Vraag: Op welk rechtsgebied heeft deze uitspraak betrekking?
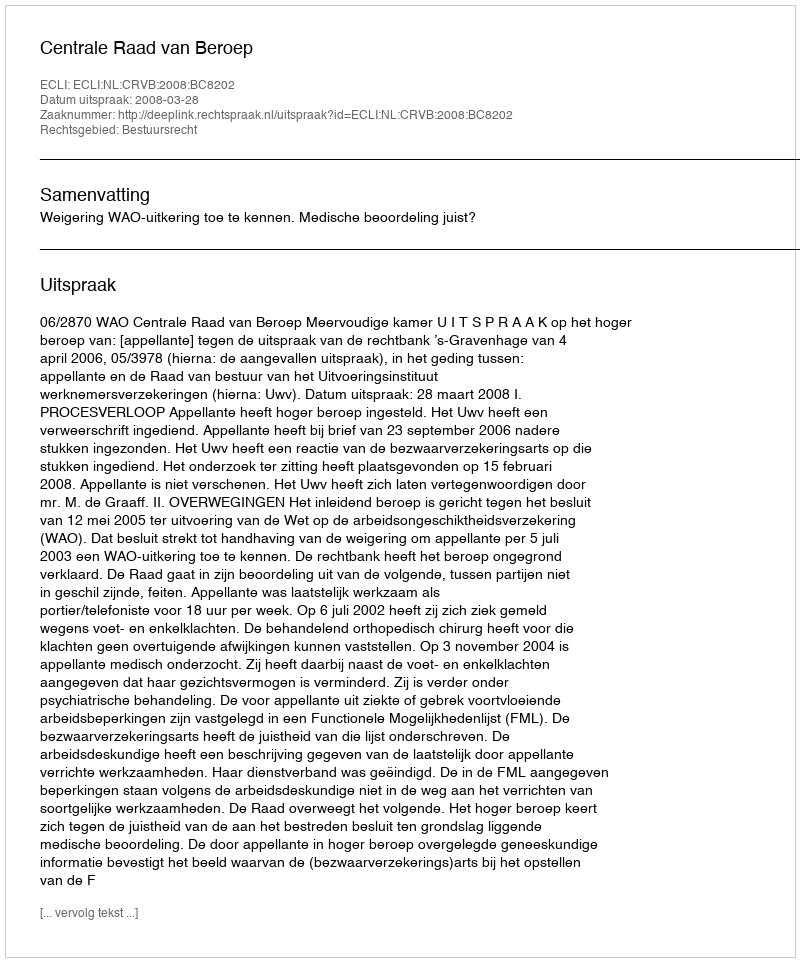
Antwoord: Bestuursrecht